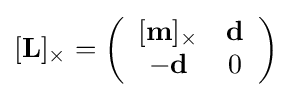
[\mathbf {L} ]_{\times }=\left({\begin{array}{cc}[\mathbf {m} ]_{\times }&\mathbf {d} \\-\mathbf {d} &0\end{array}}\right)